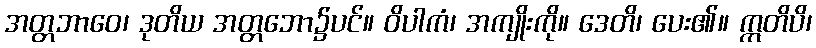
အတ္တဘာဝေ၊ ဒုတိယ အတ္တဘော၌ပင်။ ဝိပါကံ၊ အကျိုးကို။ ဒေတိ၊ ပေး၏။ ဣတိပိ၊